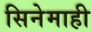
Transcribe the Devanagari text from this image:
सिनेमाही